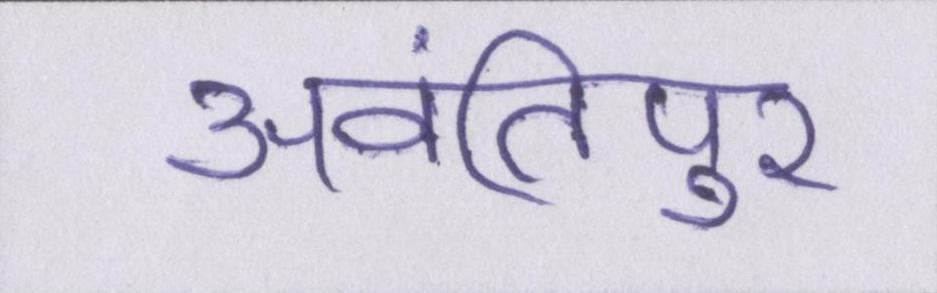
अवंतिपुर